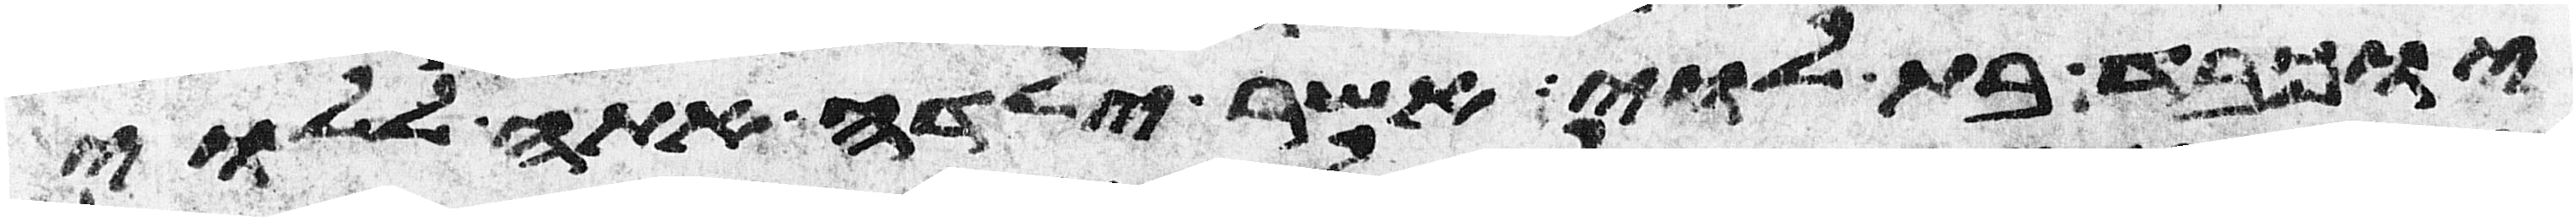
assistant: יוכבד בת לוי אשר ילדה אתה ללוי